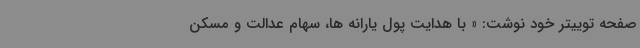
صفحه توییتر خود نوشت: « با هدایت پول یارانه ها، سهام عدالت و مسکن